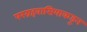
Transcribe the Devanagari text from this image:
परग्रहवासियाकडून